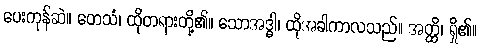
ပေးကုန်ဆဲ။ တေသံ၊ ထိုတရားတို့၏။ သောအဒ္ဓါ၊ ထိုအခါကာလသည်။ အတ္ထိ၊ ရှိ၏။